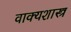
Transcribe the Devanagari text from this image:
वाक्यशास्त्र